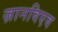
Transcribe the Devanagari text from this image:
ज़ानविएव